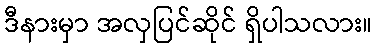
ဒီနားမှာ အလှပြင်ဆိုင် ရှိပါသလား။